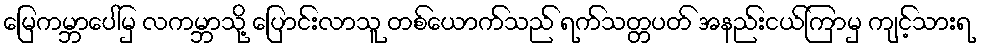
မြေကမ္ဘာပေါ်မှ လကမ္ဘာသို့ ပြောင်းလာသူ တစ်ယောက်သည် ရက်သတ္တပတ် အနည်းငယ်ကြာမှ ကျင့်သားရ